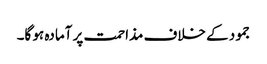
جمود کے خلاف مذاحمت پر آمادہ ہو گا۔